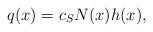
LaTeX: \begin{align*}q(x) = c_S N(x) h(x),\end{align*}